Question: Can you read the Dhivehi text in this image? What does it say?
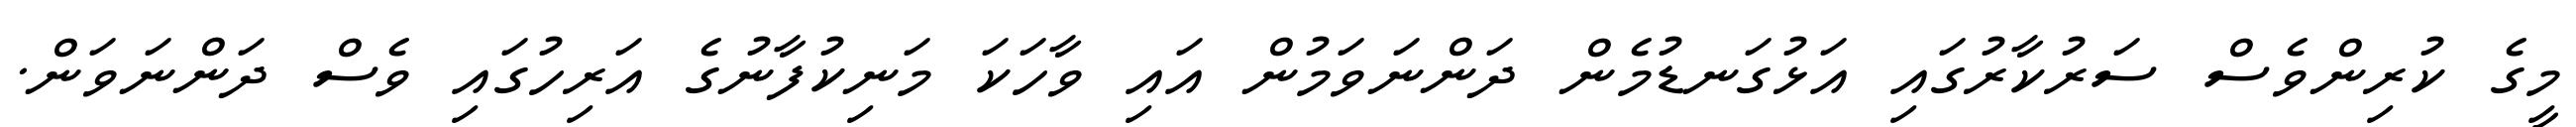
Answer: މީގެ ކުރިންވެސް ސަރުކާރުގައި އަޅުގަނޑުމެން ދަންނަވަމުން އައި ވާހަކަ މަނިކުފާނުގެ އަރިހުގައި ވެސް ދަންނަވަން.